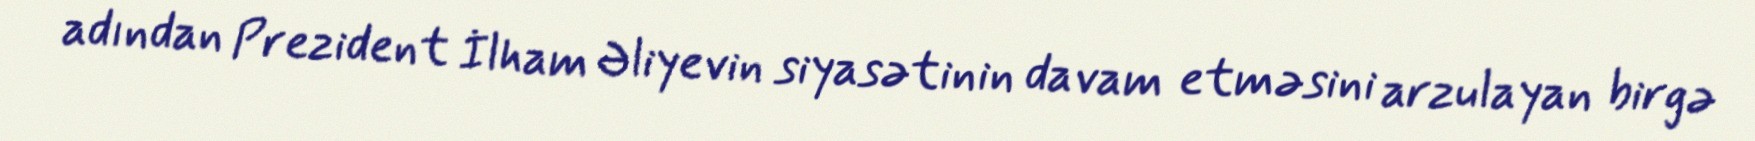
adından Prezident İlham Əliyevin siyasətinin davam etməsini arzulayan birgə